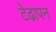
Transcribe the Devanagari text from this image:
टेढा़पन